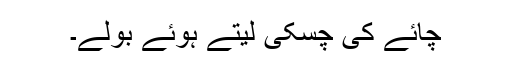
چائے کی چسکی لیتے ہوئے بولے۔